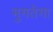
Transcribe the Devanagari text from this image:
भुगतेगा